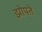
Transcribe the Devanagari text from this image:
झोपते